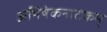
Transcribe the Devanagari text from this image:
अभिषेकनाटकम्